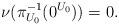
LaTeX: \begin{align*} \nu(\pi_{U_{0}}^{-1}(0^{U_{0}}))=0. \end{align*}